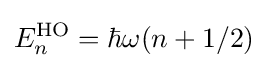
E_{n}^{\rm {HO}}=\hbar \omega (n+1/2)